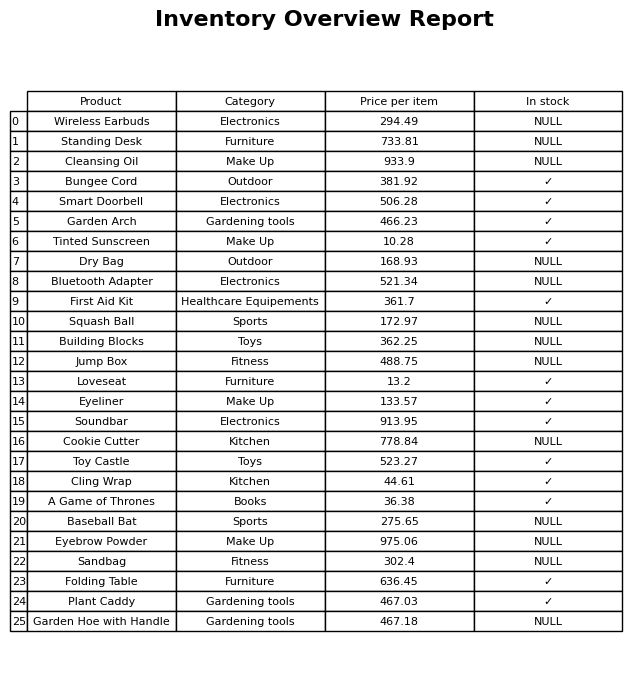
question: What is the price for Tinted Sunscreen?
answer: The price of Tinted Sunscreen is 10.28.